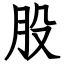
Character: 股